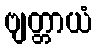
ဗျတ္တာယံ